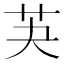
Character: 芵